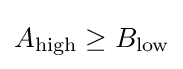
A_{\textrm {high}}\geq B_{\textrm {low}}